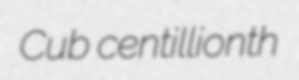
Cub centillionth